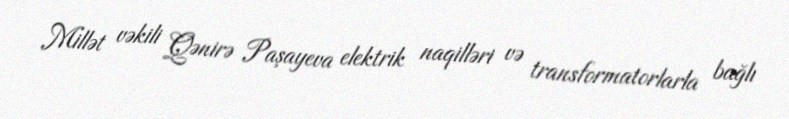
Millət vəkili Qənirə Paşayeva elektrik naqilləri və transformatorlarla bağlı